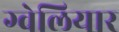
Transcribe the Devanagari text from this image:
ग्वेलियार